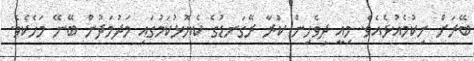
ބޭރަށް ނިކުމެއުޅެއެވެ. މިއީ ދިވެހިން ކުރާ ރޭގަނޑުގެ ކެޔޮޅުކަމުގައި މަދުމަދުން ބޭނޭ މަހެކެވެ.